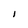
Character: l